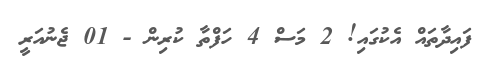
ފައިދާތައް އެކުގައި! 2 މަސް 4 ހަފްތާ ކުރިން - 01 ޖެނުއަރީ